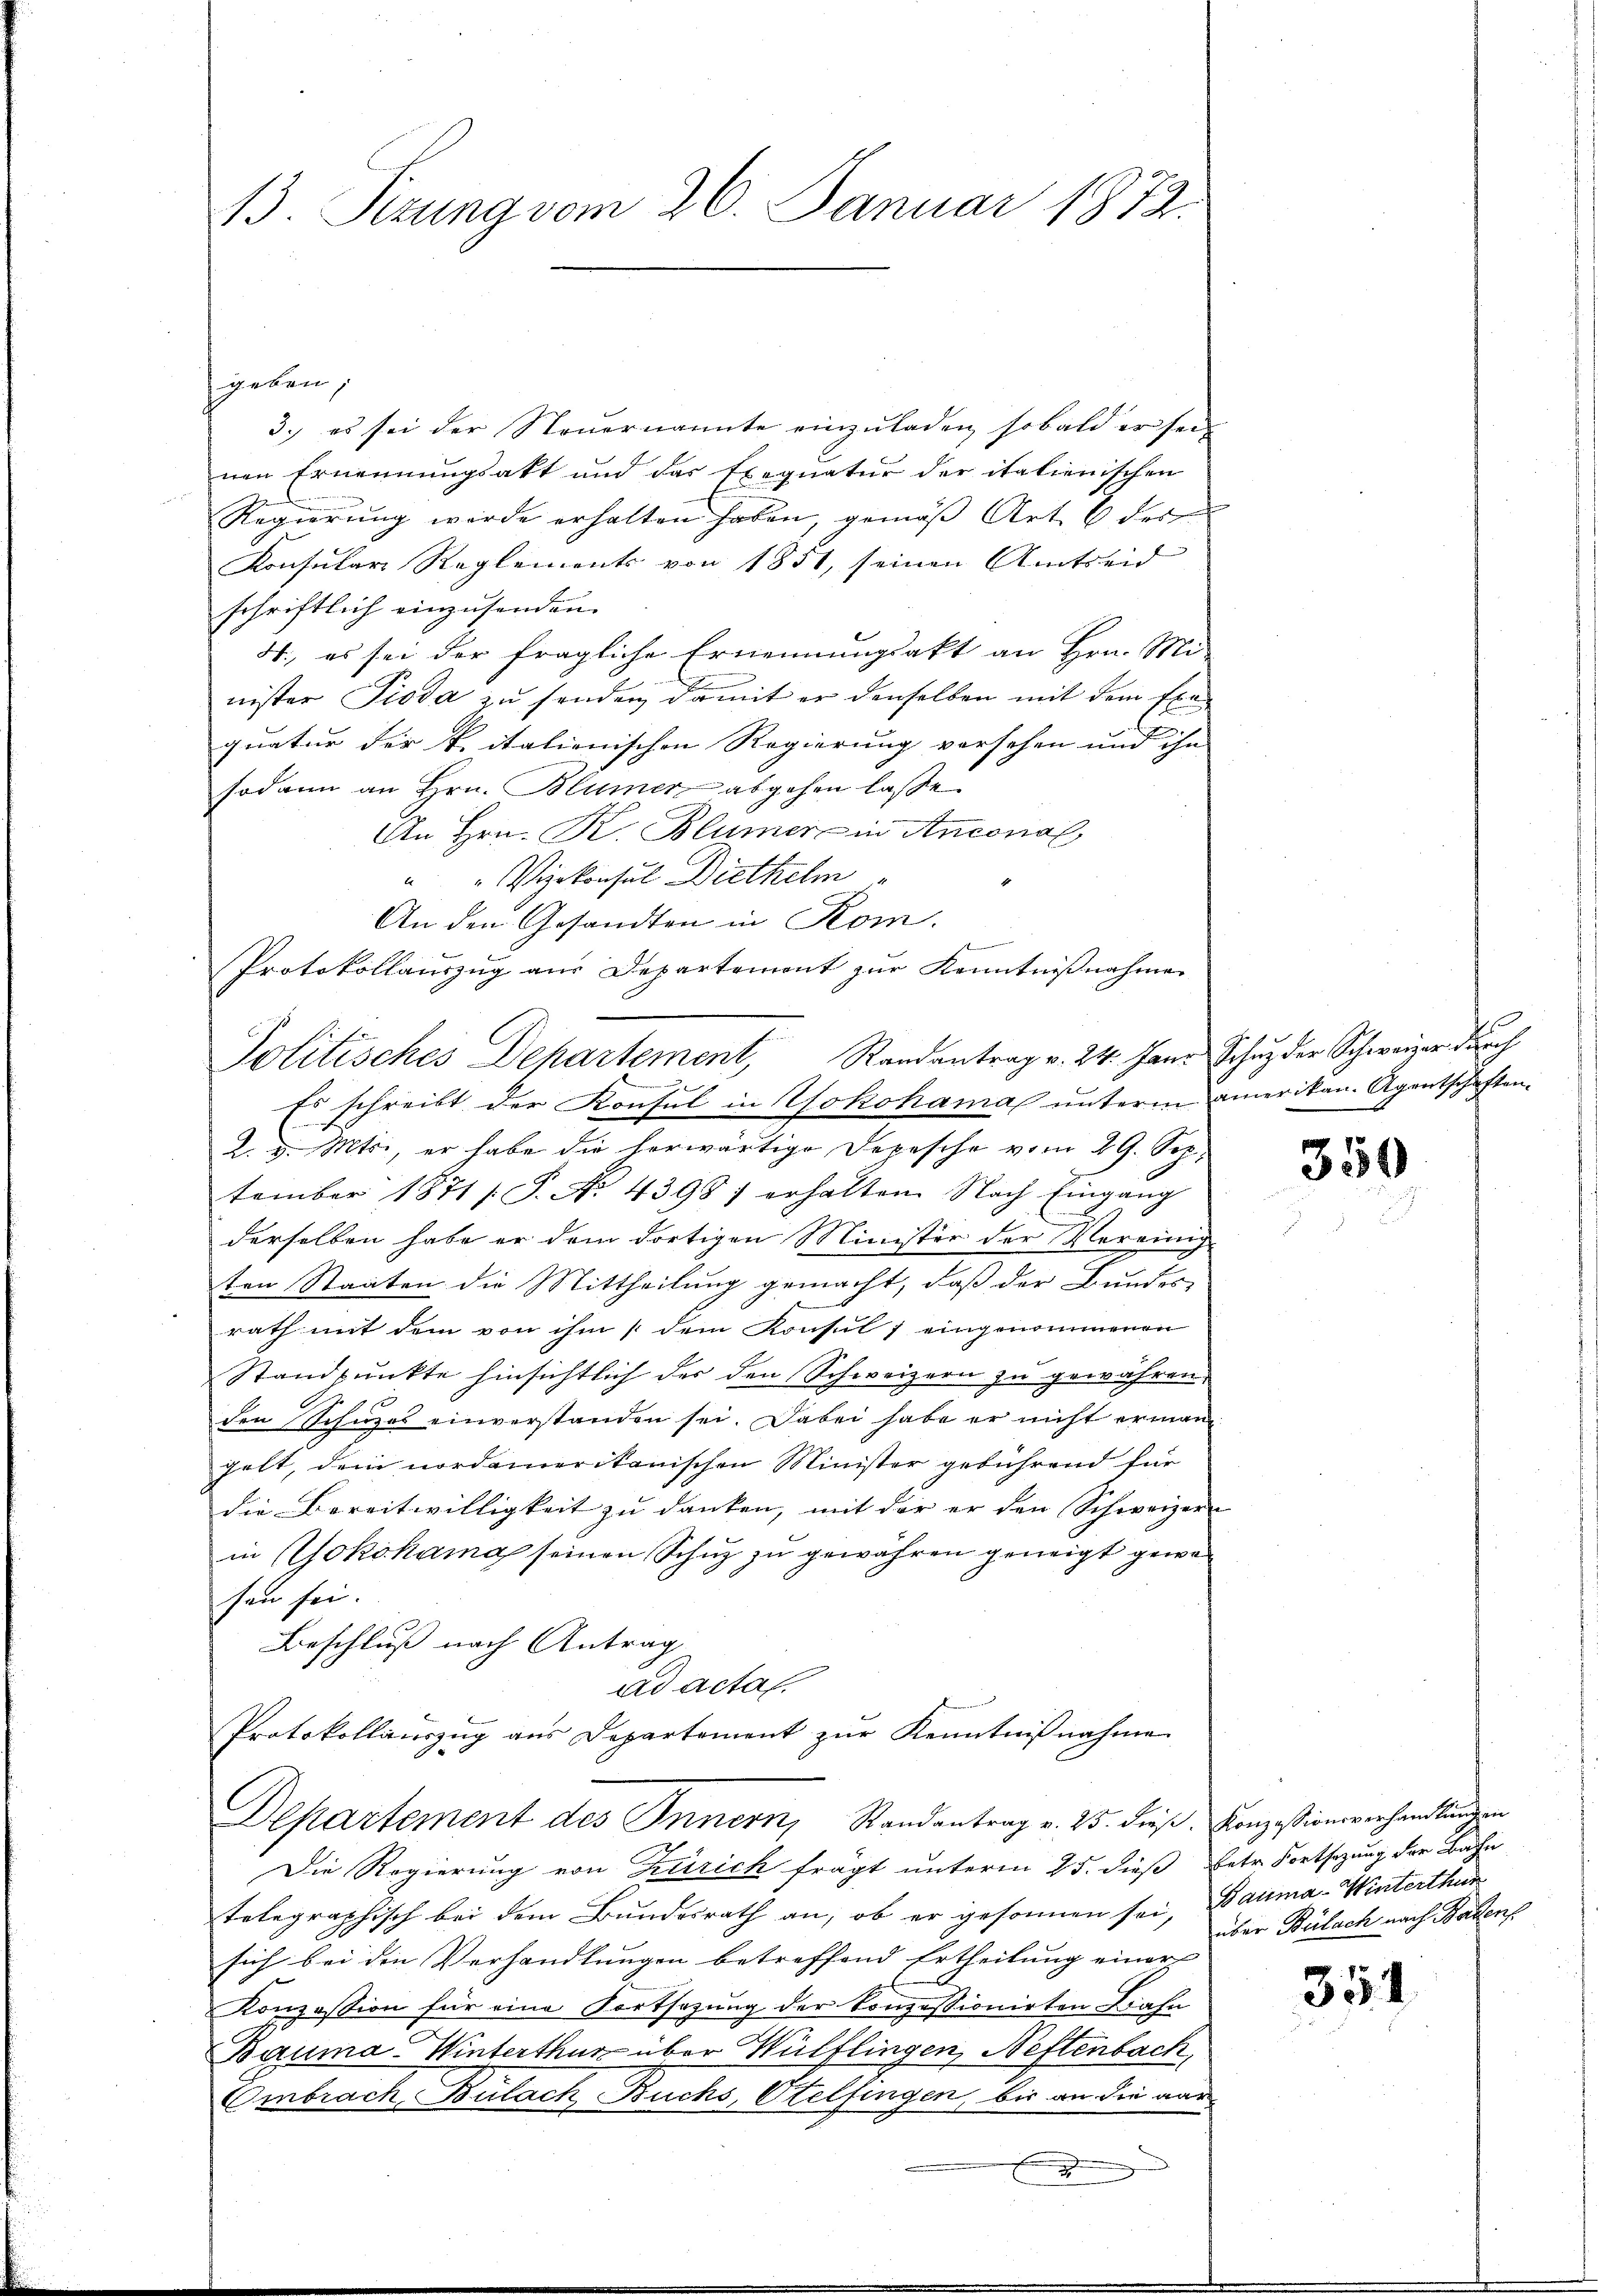
13. Sizung vom 26. Januar 1872.

geben,
3.) es sei der Steuernannte einzuladen, sobald er seinen Ernennungsakt und das Exequatur der italienischen
Regierung wurde erhalten haben, gemäβ Art. 8 des
Konsulare Reglements von 1851, seinen Amtseid
schriftlich einzusenden.
4., es sei der fragliche Ernennungsakt an Hrn. Mi-
nister Pioda zu senden, damit er denselben mit dem Exequatur der k. italienischen Regierung versehen und ihn
sodann an Hrn. Blümer abgehen lasse.
An Hrn. K. Blümer in Antonal
"Vyrkonsul Diethelm
An den Gesandten in Rom.
i
Protokollauszug aus Departement zur Kenntnißnahmen
Es schreibt der Konsul in Yokohama unterm amerikan-Agentschaften.
2. v. Mts., er habe die herwärtige Depesche vom 29. Sep.
tember 1871 s. S. No. 43987 erhalten. Nach Eingang
derselben habe er dem dortigen Minister der Vereinig-
ten Staaten die Mittheilung gemacht, daß der Bundes
rath mit dem von ihm / dem Konsul / eingenommenen
Standpunkte hinsichtlich der den Schweizern zu gewähren.
.
den Schuzes einverstanden sei. Dabei habe er nicht ermangelt, dem nordamerikanischen Minister gebührend für
die Bereitwilligkeit zu danken, mit der er den Schweizer
in Yokohama seinen Schuz zu gewähren geneigt gewesen sei.
Beschluß nach Antrag
ad acta.
Protokollauszug aus Departement zur Kenntnißnahme
Departement des Innern, Randantrag v. 25. dies. Konzessionsverhandlungen
Die Regierung von Zürich frägt unterm 25. dieß Betr. Fortsezung der Bahn
telegraphisch bei dem Bundesrath an, ob er gesonnen sei, Bauma Winterthur
sich bei den Verhandlungen betreffend Ertheilung einer
E
Konzession für eine Fortsezung der Konzessionirten Bahn
Bauma Winterthur über Wülflingen, Neftenbach,
Embrach, Bülach Buchs, Otelfingen, bis an die aar
f

Politisches Departement, Randantrag v. 24. Janr. Schutz der Schweizer durch
e

350

über Bülach nach Badens

354